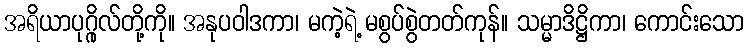
အရိယာပုဂ္ဂိုလ်တို့ကို။ အနုပဝါဒကာ၊ မကဲ့ရဲ့ မစွပ်စွဲတတ်ကုန်။ သမ္မာဒိဋ္ဌိကာ၊ ကောင်းသော